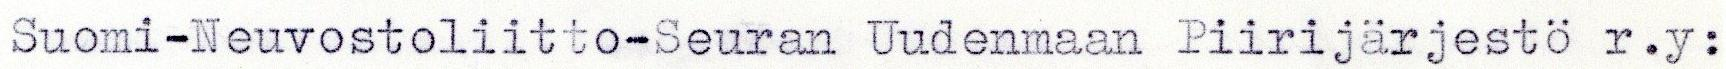
Suomi-Neuvostoliitto-Seuran Uudenmaan Piirijärjestö r.y: